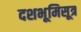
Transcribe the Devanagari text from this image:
दशभूमिसूत्र